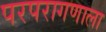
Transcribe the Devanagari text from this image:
परपरागणाला